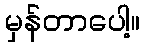
မှန်တာပေါ့။